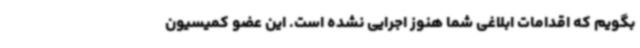
بگویم که اقدامات ابلاغی شما هنوز اجرایی نشده است. این عضو کمیسیون